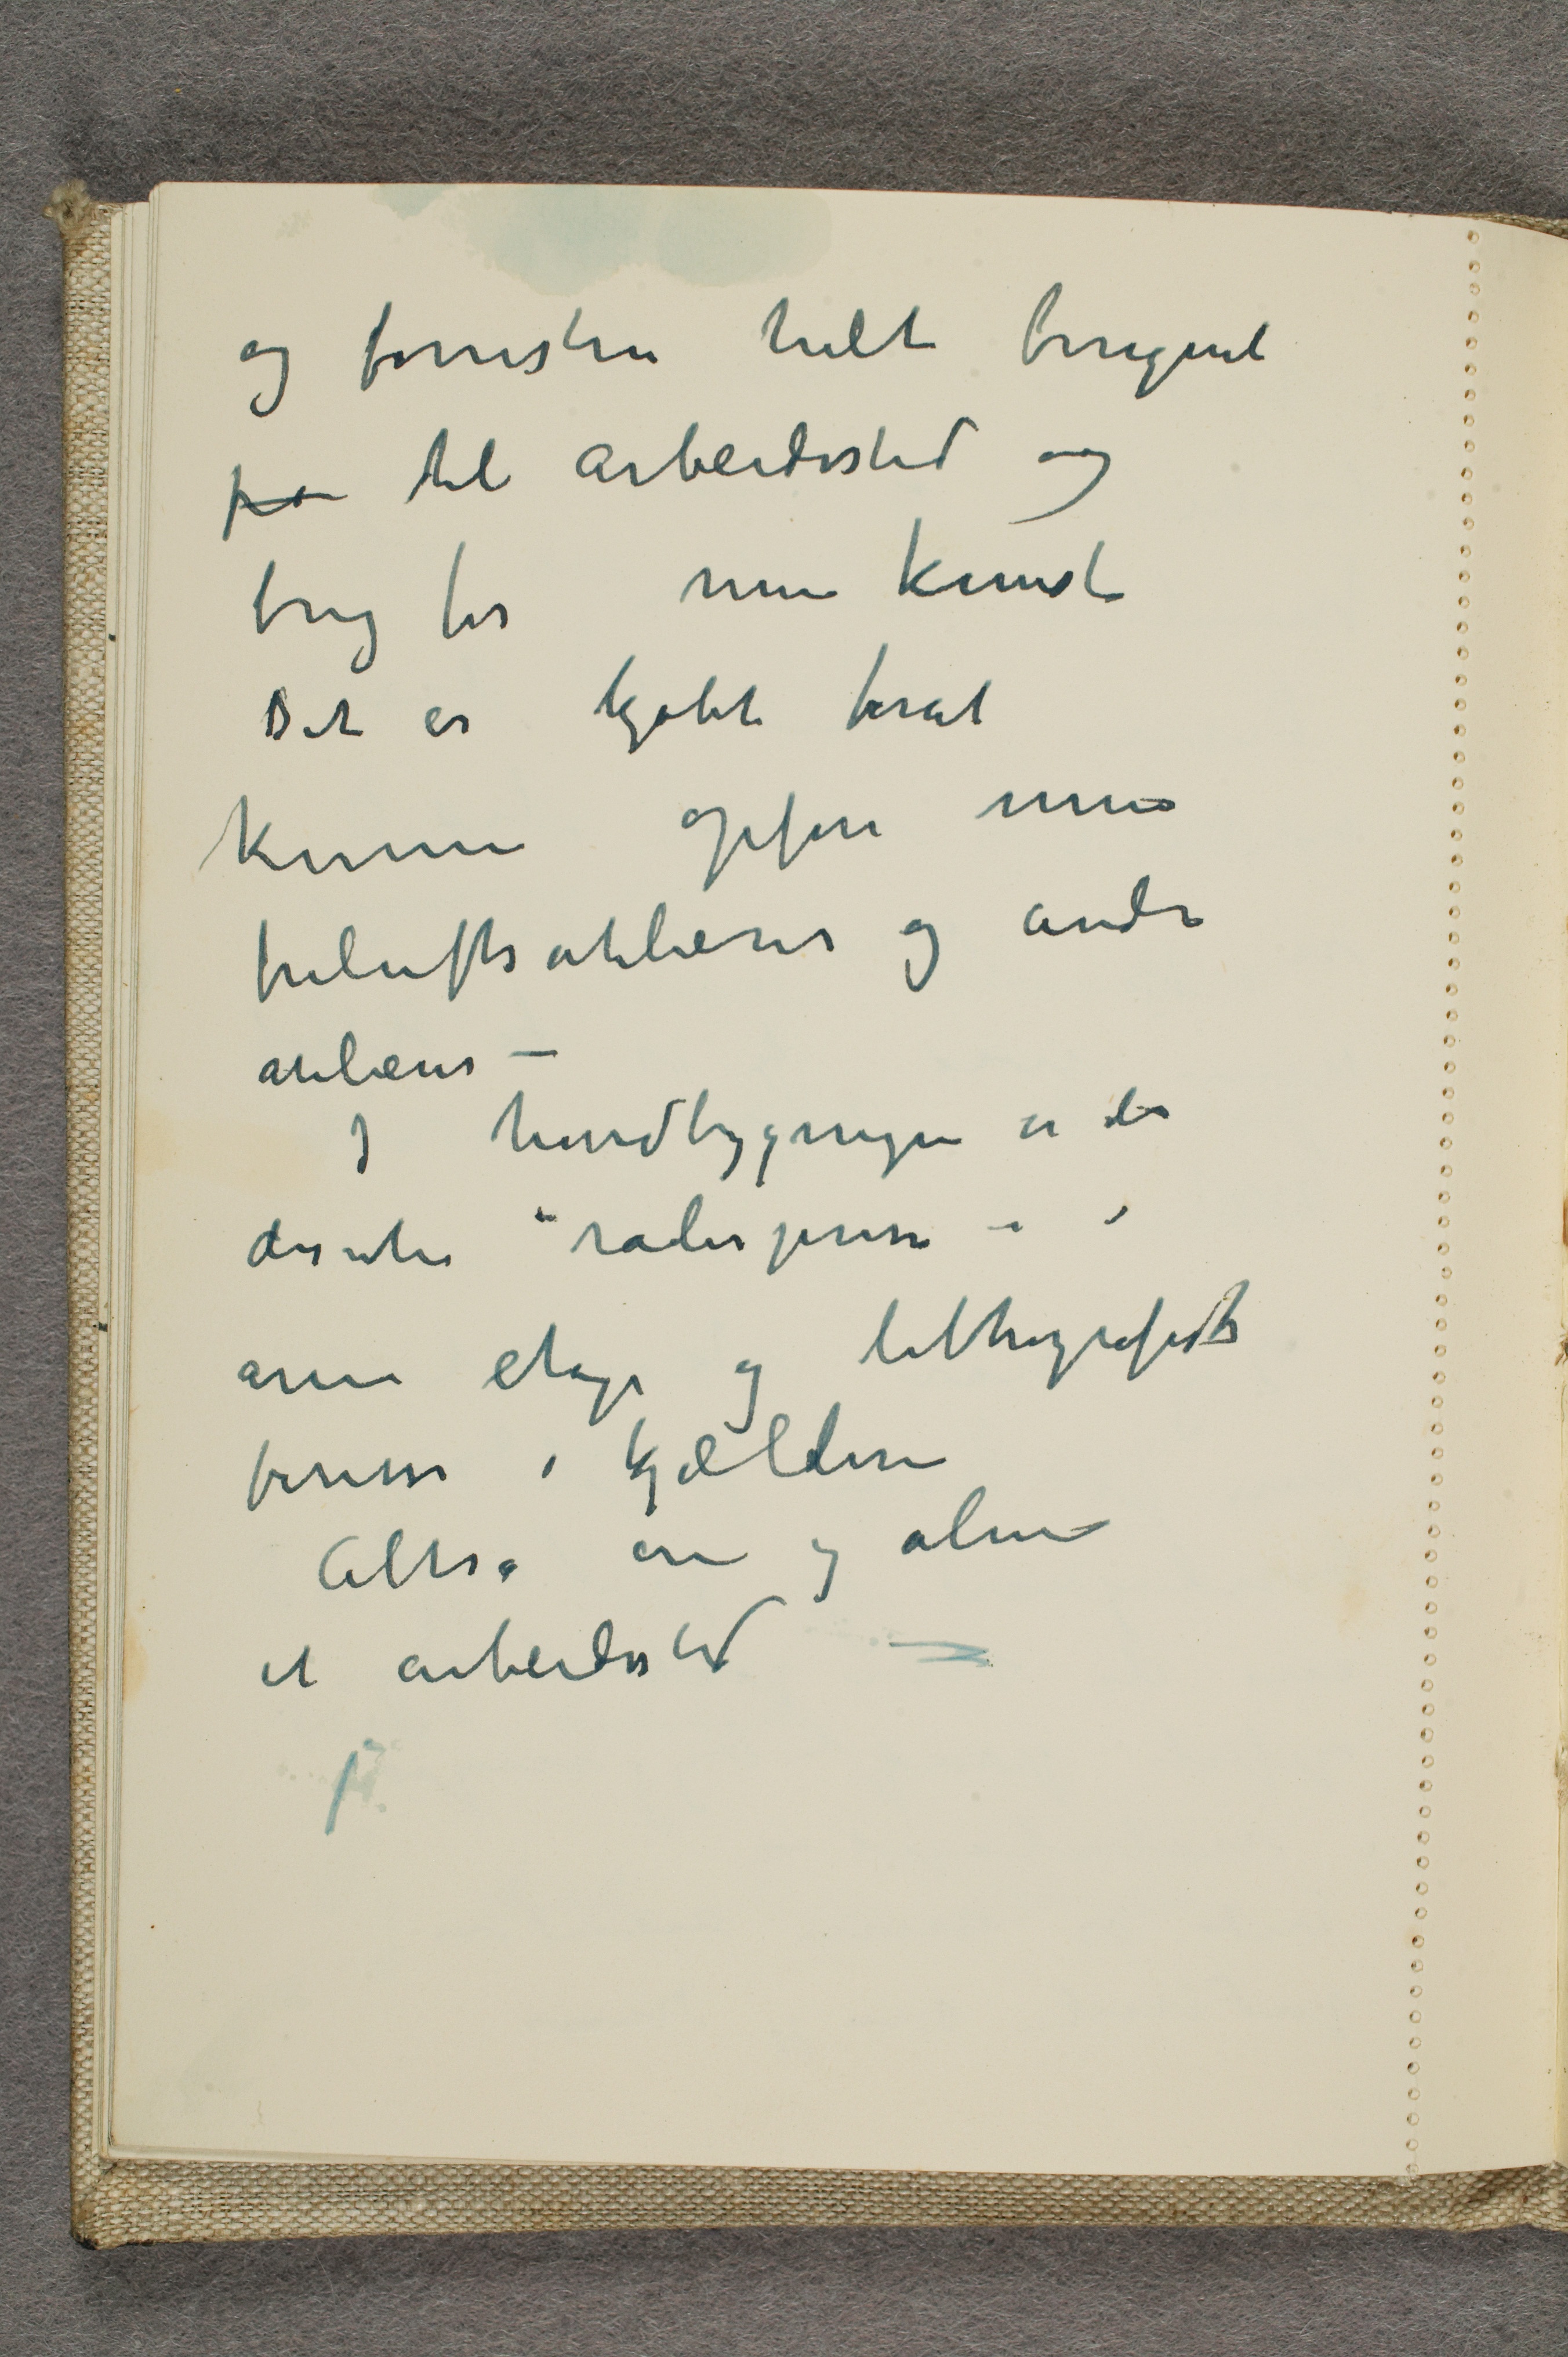
og forresten helt beregnet
for til arbeidssted og
brug for min kunst
Det er kjøbt forat
kunne opføre mine
friluftsatelierer og andre
atelierer -
I hovedbygningen er der
desuten ”raderpresse” i
annen etage og litografisk
presse i kjælderen
Altså ene og alene
et arbeidssted